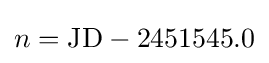
n=\mathrm {JD} -2451545.0